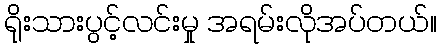
ရိုးသားပွင့်လင်းမှု အရမ်းလိုအပ်တယ်။